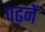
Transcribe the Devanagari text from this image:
पढ़नें